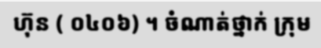
ហ៊ុន ( ០៤០៦) ។ ចំណាត់ថ្នាក់ ក្រុម